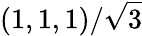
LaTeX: (1,1,1)/\sqrt{3}